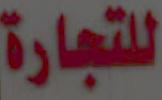
للتجارة